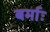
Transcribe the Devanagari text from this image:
बर्माः